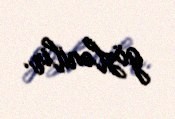
gözlənilir.